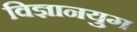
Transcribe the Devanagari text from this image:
विज्ञानयुग